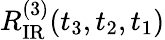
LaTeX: R_{\mathrm{IR}}^{(3)}(t_{3},t_{2},t_{1})